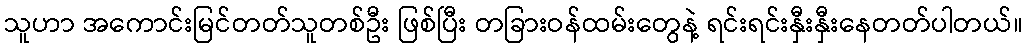
သူဟာ အကောင်းမြင်တတ်သူတစ်ဦး ဖြစ်ပြီး တခြားဝန်ထမ်းတွေနဲ့ ရင်းရင်းနှီးနှီးနေတတ်ပါတယ်။